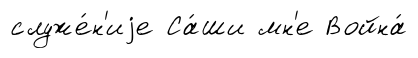
служе́н'иjе Са́ши мн'е Война́